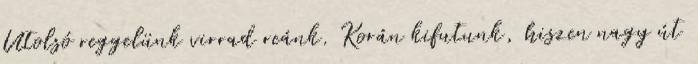
Utolsó reggelünk virrad reánk. Korán kifutunk, hiszen nagy út